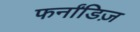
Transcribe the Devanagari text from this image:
फर्नांडिज़